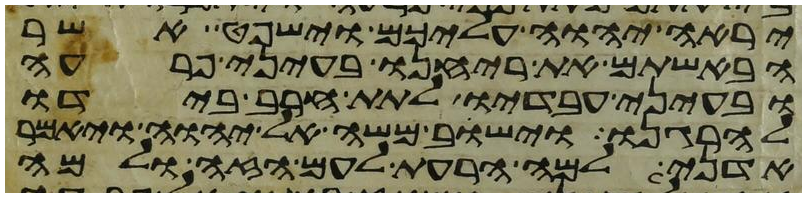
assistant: יראה יהוה עליכם וישפט אשר
הבאשתם את ריחנו בעיני פרעה
ובעיני עבדיו לתת חרב בידו
להרגנו וישב משה אל יהוה ויאמר
אדני למה הרעת לעם הזה ולמה